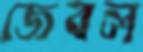
জেবল